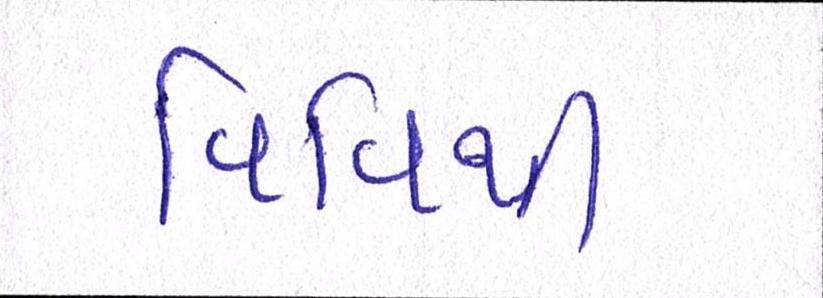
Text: વિધિથી